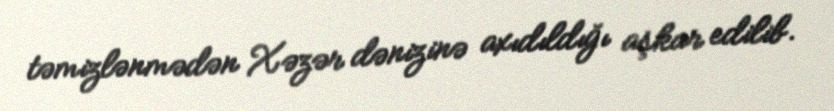
təmizlənmədən Xəzər dənizinə axıdıldığı aşkar edilib.